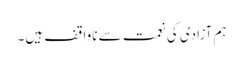
ہم آزادی کی نعمت سے ناواقف ہیں۔